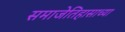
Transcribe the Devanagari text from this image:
समाजेतिहासाच्या